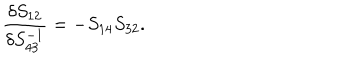
\frac { \delta S _ { 1 2 } } { \delta S _ { 4 3 } ^ { - 1 } } = - S _ { 1 4 } S _ { 3 2 } .